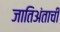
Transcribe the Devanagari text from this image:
जातिअंताची